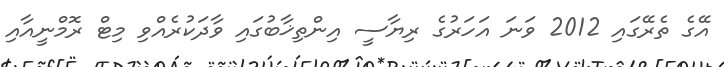
އޭގެ ތެރޭގައި 2012 ވަނަ އަހަރުގެ ރިޔާސީ އިންތިޚާބުގައި ވާދަކުރެއްވި މިޓް ރޮމްނީއާއި